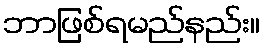
ဘာဖြစ်ရမည်နည်း။